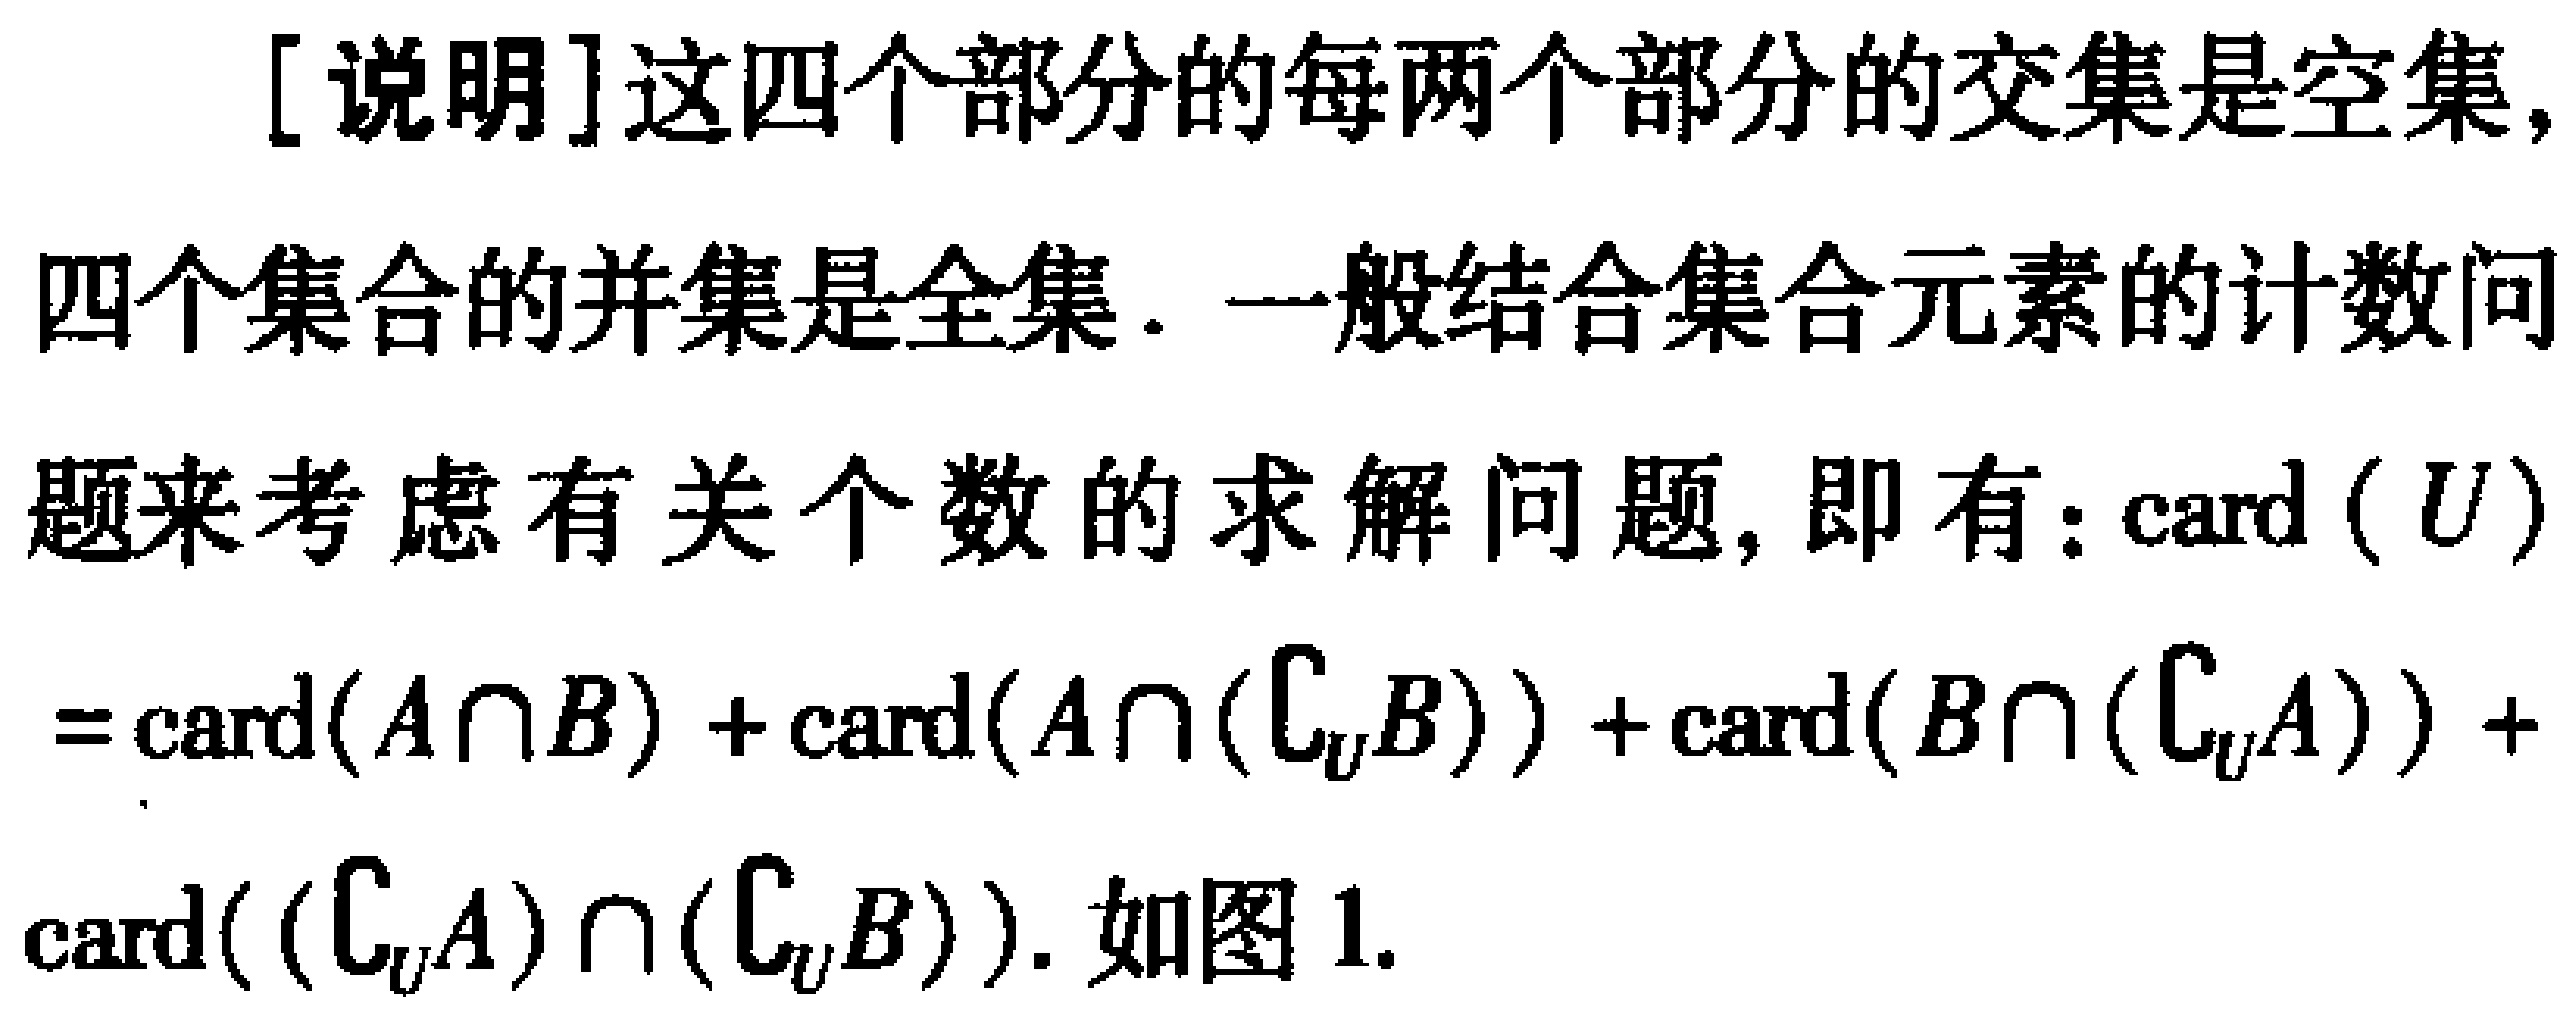
[说明]这四个部分的每两个部分的交集是空集,
四个集合的并集是全集. 一般结合集合元素的计数问
题来考虑有关个数的求解问题, 即有: $\mathrm{card}(U)$
$=\mathrm{card}(A\cap B)+\mathrm{card}(A\cap(\complement_U B))+\mathrm{card}(B\cap(\complement_U A))+$
$\mathrm{card}((\complement_U A)\cap(\complement_U B))$. 如图 1.